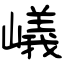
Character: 嶬